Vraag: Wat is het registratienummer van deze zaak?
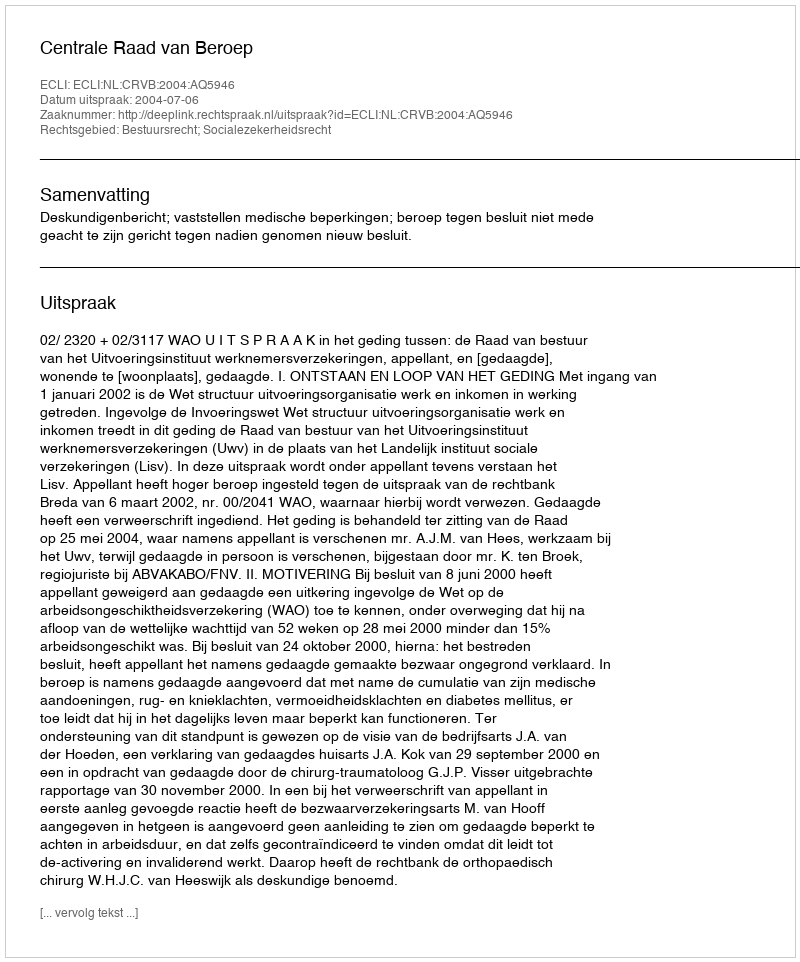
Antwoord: http://deeplink.rechtspraak.nl/uitspraak?id=ECLI:NL:CRVB:2004:AQ5946